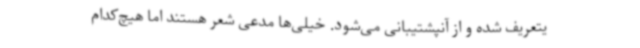
یتعریف شده و از آنپشتیبانی می‌شود. خیلی‌ها مدعی شعر هستند اما هیچ‌کدام